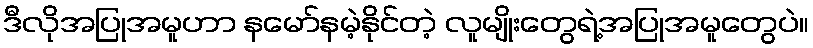
ဒီလိုအပြုအမူဟာ နမော်နမဲ့နိုင်တဲ့ လူမျိုးတွေရဲ့အပြုအမူတွေပဲ။